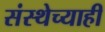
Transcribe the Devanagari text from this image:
संस्थेच्याही